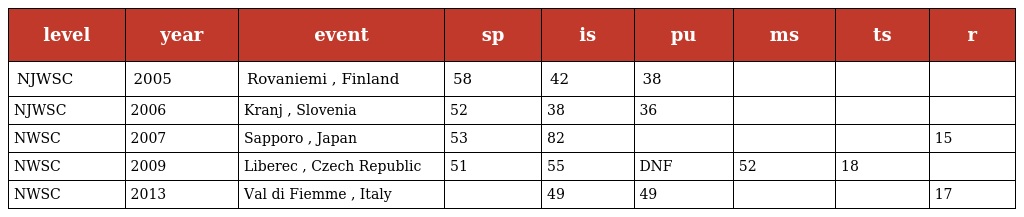
| level | year | event | sp | is | pu | ms | ts | r |
 | --- | --- | --- | --- | --- | --- | --- | --- | --- |
 | NJWSC | 2005 | Rovaniemi , Finland | 58 | 42 | 38 |  |  |  |
 | NJWSC | 2006 | Kranj , Slovenia | 52 | 38 | 36 |  |  |  |
 | NWSC | 2007 | Sapporo , Japan | 53 | 82 |  |  |  | 15 |
 | NWSC | 2009 | Liberec , Czech Republic | 51 | 55 | DNF | 52 | 18 |  |
 | NWSC | 2013 | Val di Fiemme , Italy |  | 49 | 49 |  |  | 17 |